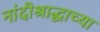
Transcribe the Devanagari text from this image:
नांदीश्राद्धाच्या